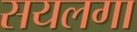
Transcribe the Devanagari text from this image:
सयलगा